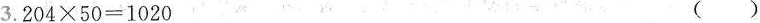
$$3 . 2 0 4 \times 5 0 = 1 0 2 0 $$ ()